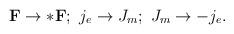
LaTeX: \begin{align*}{\bf F}\rightarrow *{\bf F};\ j_e\rightarrow J_m; \ J_m\rightarrow -j_e.\end{align*}